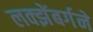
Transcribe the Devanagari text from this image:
लक्झेंबर्गने